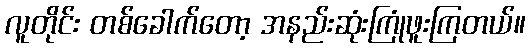
လူတိုင်း တစ်ခေါက်တော့ အနည်းဆုံးကြုံဖူးကြတယ်။